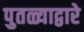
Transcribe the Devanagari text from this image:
पुतळ्याद्वारे